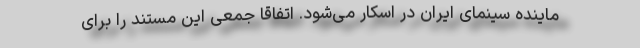
ماینده سینمای ایران در اسکار می‌شود. اتفاقا جمعی این مستند را برای